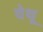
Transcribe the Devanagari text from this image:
वेथू